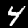
Label: 4